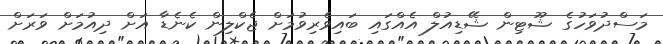
މަސްދުވަހުގެ ޝޫޓިން ޝޭޑިއުލް އެއްގައި ބައިވެރިވުމަށް ޖެކްލިން ކެނެޑާ އަށް ދިއުމަށް ވަރަށް